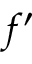
f ^ { \prime }